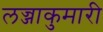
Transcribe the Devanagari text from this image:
लज्जाकुमारी